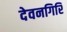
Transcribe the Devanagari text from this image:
देवनगिरि